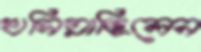
খসিয়াছিলেন